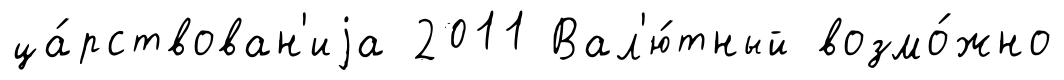
ца́рствован'иjа 2011 Вал'ю́тный возмо́жно